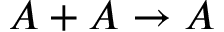
A + A \rightarrow A